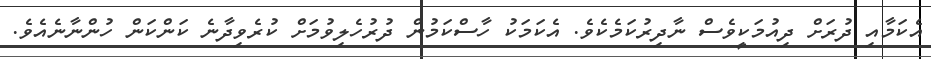
އެކަމާއި ދުރަށް ދިއުމަކީވެސް ނާދިރުކަމެކެވެ. އެކަމަކު ހާސްކަމުން ދުރުހެލިވުމަށް ކުރެވިދާނެ ކަންކަން ހުންނާނެއެވެ.